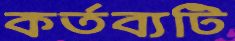
কর্তব্যটি